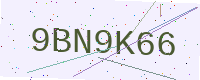
Text: 9BN9K66